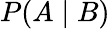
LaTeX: P(A\mid B)